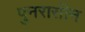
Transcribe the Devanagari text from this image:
पुनरासीन